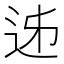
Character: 𨒉